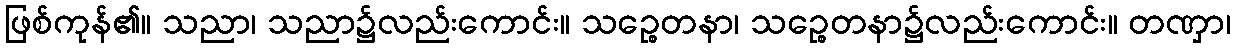
ဖြစ်ကုန်၏။ သညာ၊ သညာ၌လည်းကောင်း။ သဉ္စေတနာ၊ သဉ္စေတနာ၌လည်းကောင်း။ တဏှာ၊